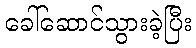
ခေါ်ဆောင်သွားခဲ့ပြီး